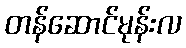
တန်ဆောင်မုန်းလ